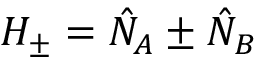
H _ { \pm } = \hat { N } _ { A } \pm \hat { N } _ { B }